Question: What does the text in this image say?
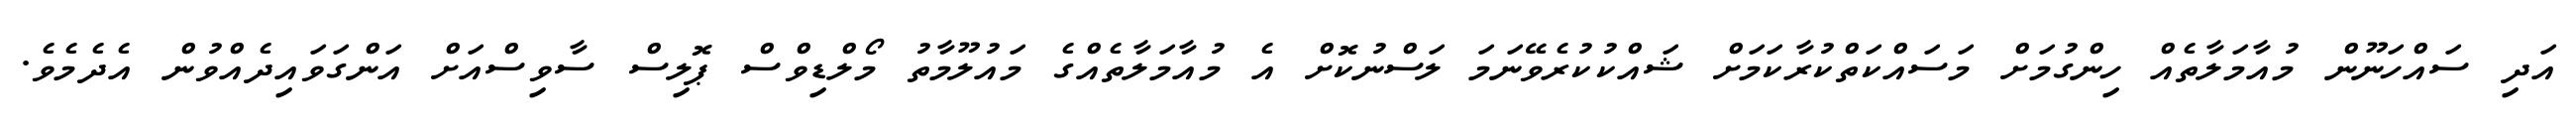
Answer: އަދި ސައްހަނޫން މުއާމަލާތެއް ހިންގުމަށް މަސައްކަތްކުރާކަމަށް ޝައްކުކުރެވޭނަމަ ލަސްނުކޮށް އެ މުއާމަލާތެއްގެ މައުލޫމާތު މޯލްޑިވްސް ޕޮލިސް ސާވިސްއަށް އަންގަވައިދެއްވުން އެދެމެވެ.